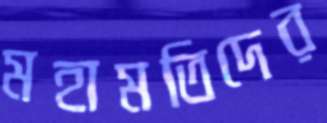
মহামতিদের